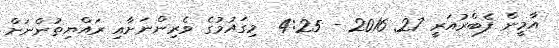
އާމީން ފެބްރުއަރީ 27